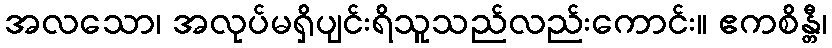
အလသော၊ အလုပ်မရှိပျင်းရိသူသည်လည်းကောင်း။ ဧကစိန္တီ၊